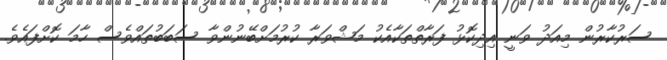
ސަރުކާރުން މިއަދު ވަނީ އިދިކޮޅު ފަރާތްތަކާއެކު މަޝްވަރާ ކުރުމަށްބޭނުންވާ ސަބަބުތައްވެސް ހާމަ ކޮށްފައެވެ.